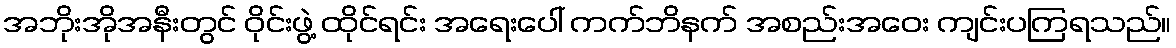
အဘိုးအိုအနီးတွင် ဝိုင်းဖွဲ့ ထိုင်ရင်း အရေးပေါ် ကက်ဘိနက် အစည်းအဝေး ကျင်းပကြရသည်။